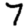
Digit: 7